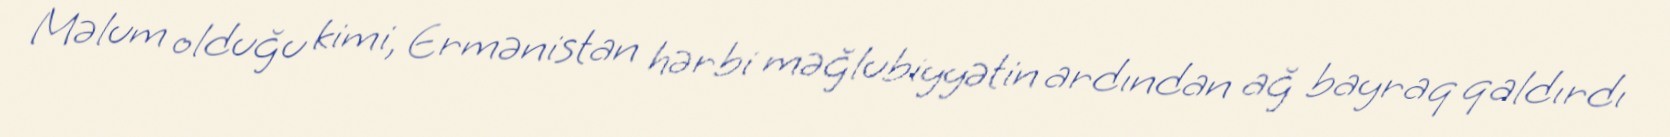
Məlum olduğu kimi, Ermənistan hərbi məğlubiyyətin ardından ağ bayraq qaldırdı